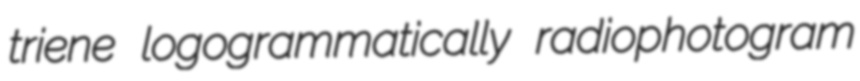
triene logogrammatically radiophotogram